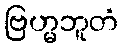
ဗြဟ္မဘူတံ